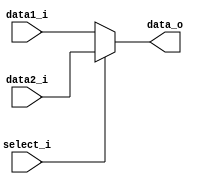
module MUX2
(
    data1_i, 
    data2_i,
    select_i,
    data_o
);

// Ports
input   [31:0]      data1_i;
input   [31:0]      data2_i;
input               select_i;
output  [31:0]      data_o;

assign data_o = select_i ? data2_i : data1_i;

endmodule